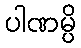
ပါဏမ္ပိ